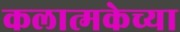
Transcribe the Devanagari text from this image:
कलात्मकेच्या